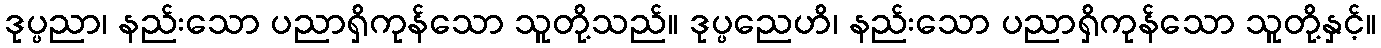
ဒုပ္ပညာ၊ နည်းသော ပညာရှိကုန်သော သူတို့သည်။ ဒုပ္ပညေဟိ၊ နည်းသော ပညာရှိကုန်သော သူတို့နှင့်။